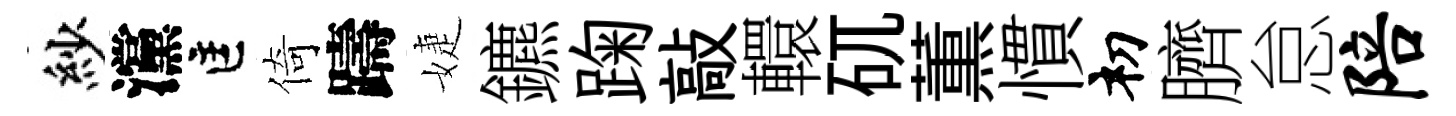
紗灙匡倚躊婕鑣踘敲轘矹薫慣𥘉臍怠陪